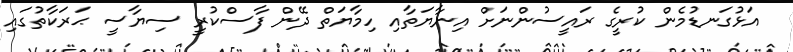
އަޅުގަނޑުމެން ކުރީގެ ރައީސުންނަށް އިނާޔަތާއި ހިމާޔަތް ދޭން ފާސްކުރީ ސިޔާސީ ޙަރަކާތުގައި